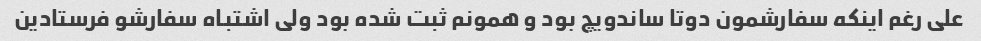
علی رغم اینکه سفارشمون دوتا ساندویچ بود و همونم ثبت شده بود ولی اشتباه سفارشو فرستادین